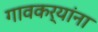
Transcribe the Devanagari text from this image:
गावकर्यांना